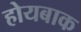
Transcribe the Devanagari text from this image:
होयबाक